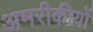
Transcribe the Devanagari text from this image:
अमरीकीयों